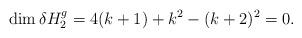
LaTeX: \begin{align*} \dim \delta H_2^g = 4(k+1) + k^2- (k+2)^2=0.\end{align*}